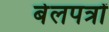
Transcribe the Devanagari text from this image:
बेलपत्रों